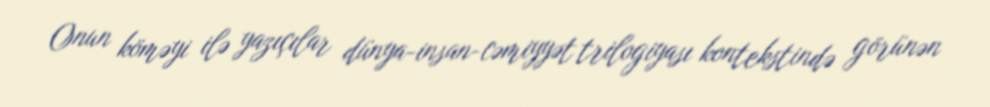
Onun köməyi ilə yazıçılar dünya-insan-cəmiyyət trilogiyası kontekstində görünən